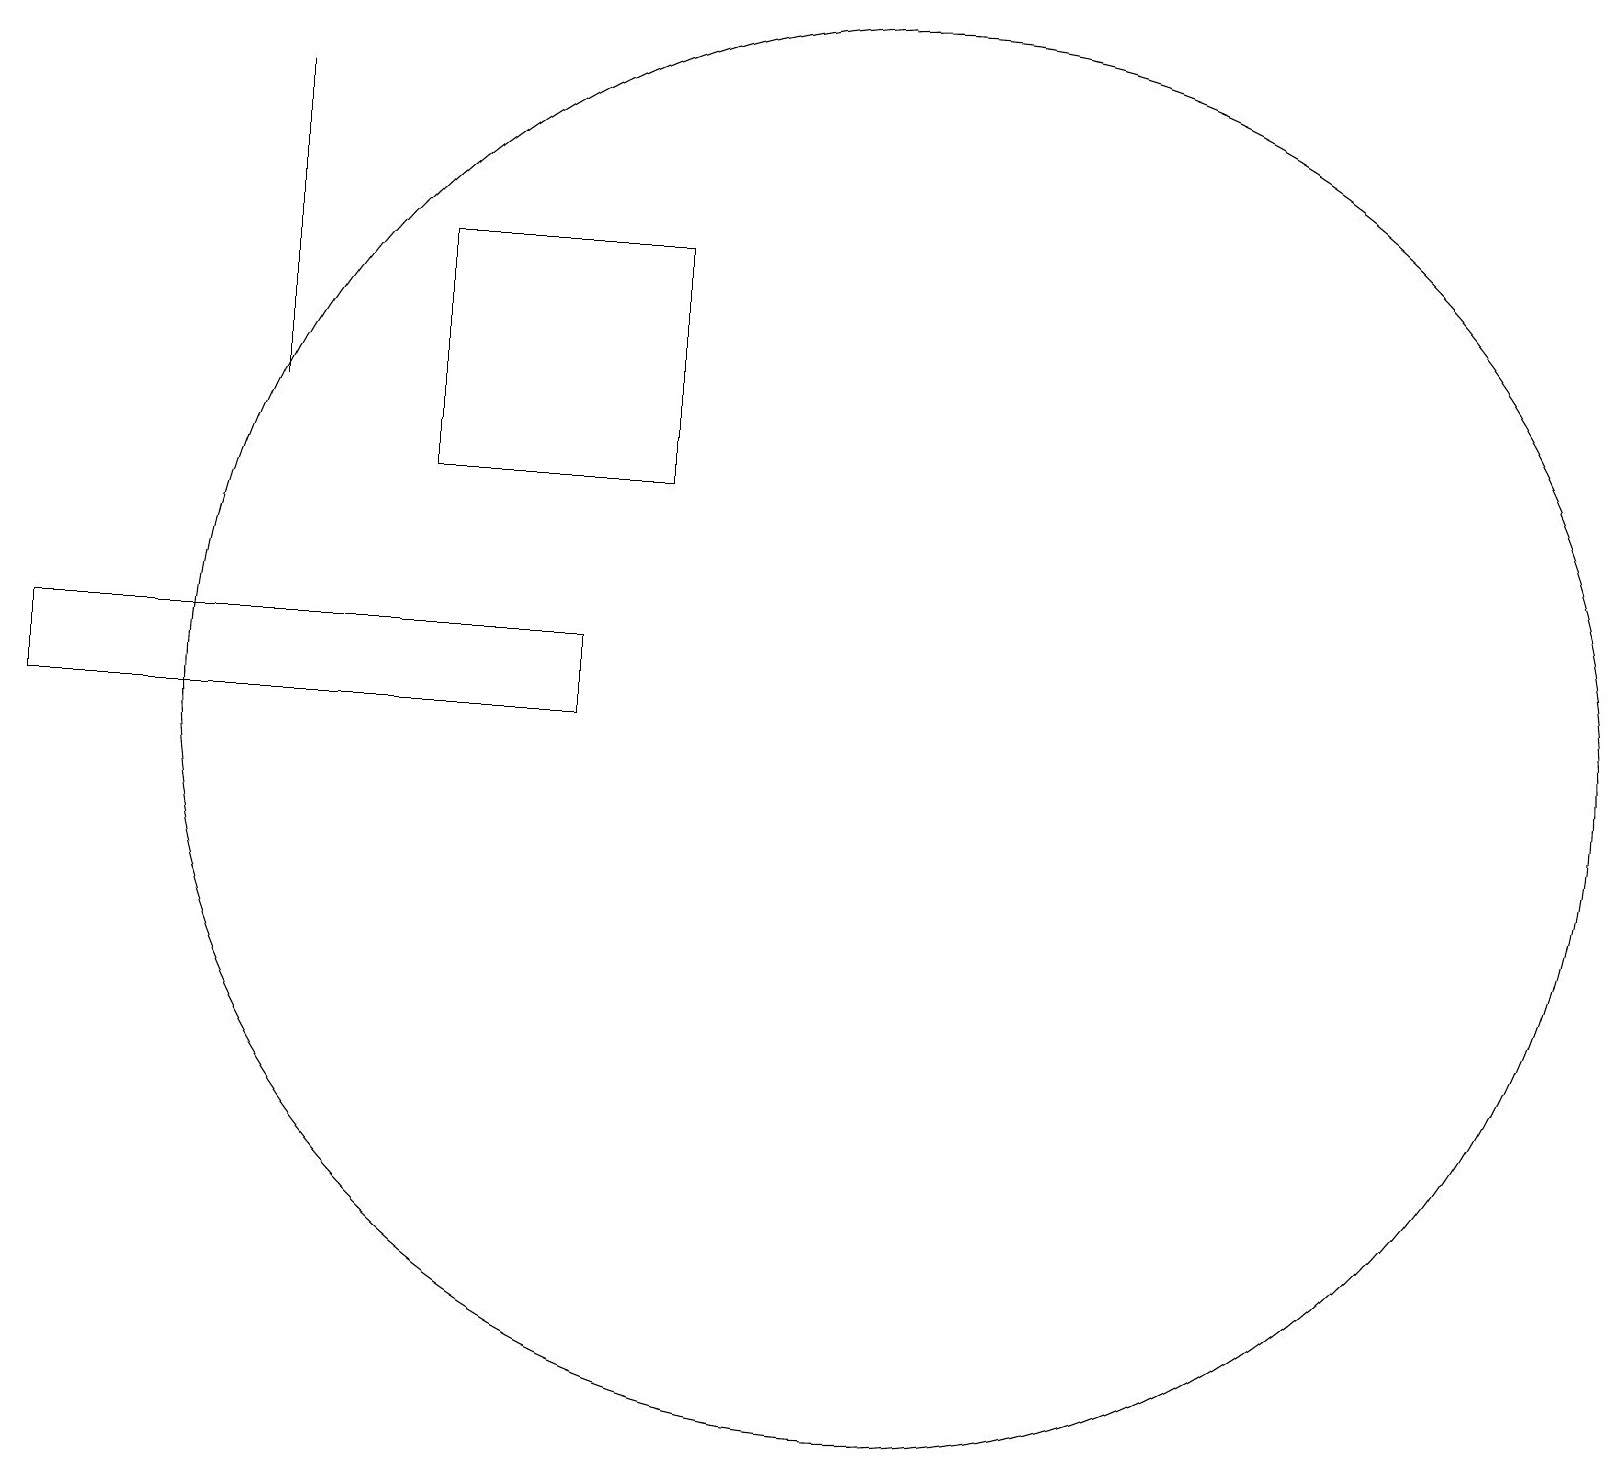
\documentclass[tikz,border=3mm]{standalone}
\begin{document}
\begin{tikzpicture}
\draw (12,10) circle (9);
\draw (6,13) rectangle (9,16);
\draw (8,10) rectangle (1,11);
\draw (4,18) rectangle (4,14);
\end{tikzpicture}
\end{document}